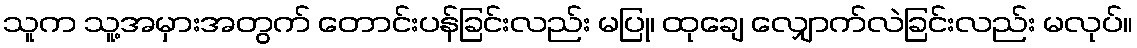
သူက သူ့အမှားအတွက် တောင်းပန်ခြင်းလည်း မပြု၊ ထုချေ လျှောက်လဲခြင်းလည်း မလုပ်။